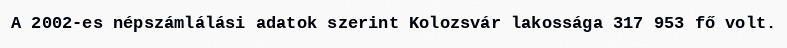
A 2002-es népszámlálási adatok szerint Kolozsvár lakossága 317 953 fő volt.